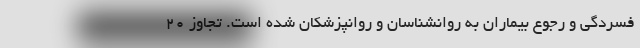
فسردگی و رجوع بیماران به روانشناسان و روانپزشکان شده است. تجاوز ۲۰